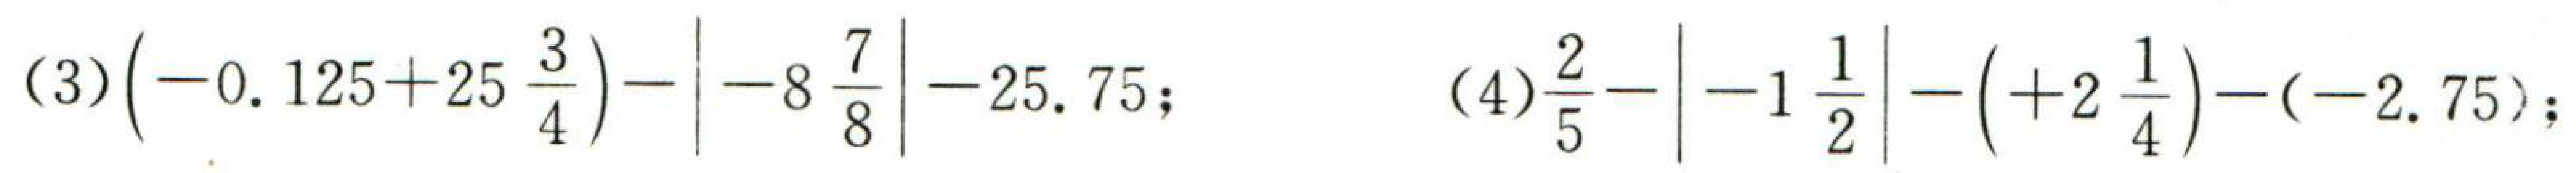
\((3)\left(-0.125 + 25\frac{3}{4}\right)-\left|-8\frac{7}{8}\right|-25.75;\)
\((4)\frac{2}{5}-\left|-1\frac{1}{2}\right|-\left(+2\frac{1}{4}\right)-(-2.75);\)